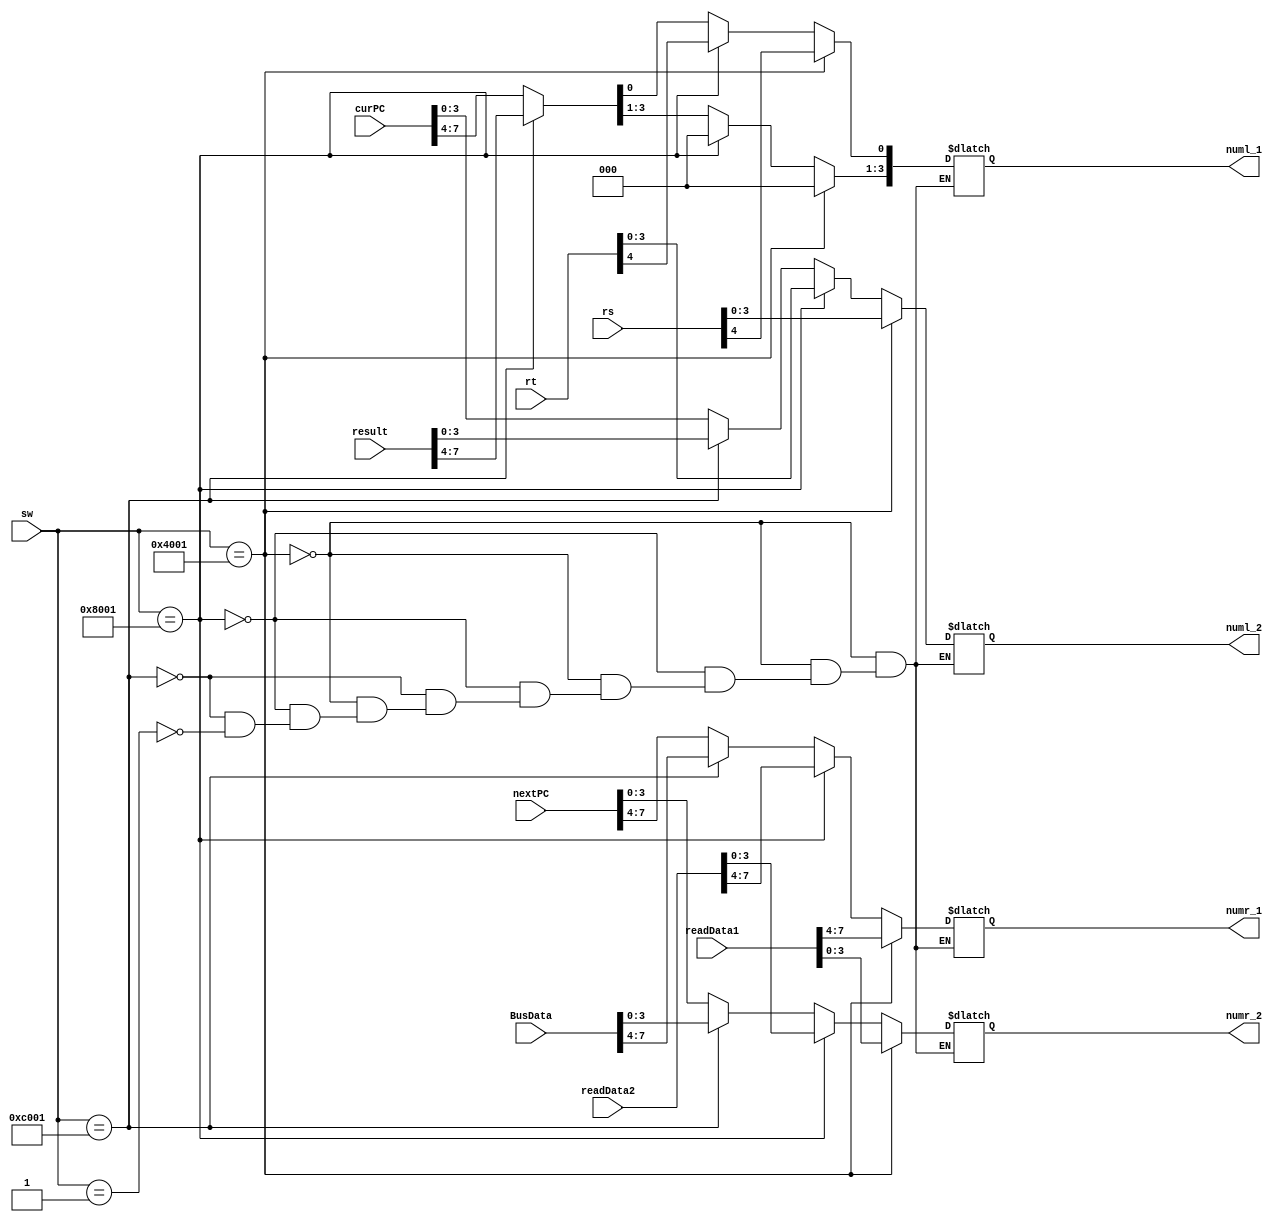
`timescale 1ns / 1ps
//////////////////////////////////////////////////////////////////////////////////
// Company: 
// Engineer: 
// 
// Design Name: 
// Module Name: SelectNums
// Project Name: 
// Target Devices: 
// Tool Versions: 
// Description: 
// 
// Dependencies: 
// 
// Revision:
// Revision 0.01 - File Created
// Additional Comments:
// 
//////////////////////////////////////////////////////////////////////////////////


module SelectNums(
    input [15:0] sw,
    input [4:0] rs,
    input [4:0] rt,
    input [31:0] readData1,
    input [31:0] readData2,
    input [31:0] result,
    input [31:0] BusData,
    input [31:0] curPC,
    input [31:0] nextPC,
    output reg [3:0] numl_1,
    output reg [3:0] numl_2, 
    output reg [3:0] numr_1, 
    output reg [3:0] numr_2
    );
  
    always@(sw) begin
        if(sw == 16'b0100000000000001) begin
            numl_1[3:1] = 3'b000;
            numl_1[0] = rs[4];
            numl_2 = rs[3:0];
            numr_1 = readData1[7:4];
            numr_2 = readData1[3:0];
        end
        else if(sw == 16'b1000000000000001) begin
            numl_1[3:1] = 3'b000;
            numl_1[0] = rt[4];
            numl_2 = rt[3:0];
            numr_1 = readData2[7:4];
            numr_2 = readData2[3:0];
        end
        else if(sw == 16'b1100000000000001) begin
            numl_1 = result[7:4];
            numl_2 = result[3:0];
            numr_1 = BusData[7:4];
            numr_2 = BusData[3:0];
        end
        else if(sw == 16'b0000000000000001) begin
            numl_1 = curPC[7:4];
            numl_2 = curPC[3:0];
            numr_1 = nextPC[7:4];
            numr_2 = nextPC[3:0];
        end
    end
endmodule